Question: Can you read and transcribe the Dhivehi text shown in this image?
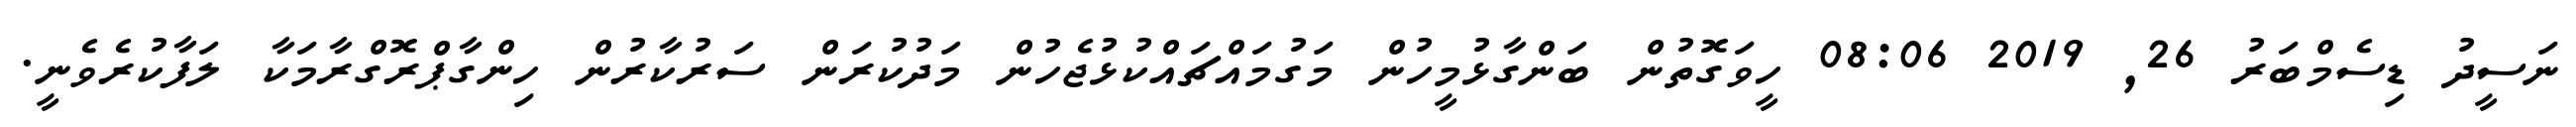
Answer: ނަސީދު ޑިސެމްބަރު 26, 2019 08:06 ހީވަގޮތުން ބަންގާޅުމީހުން މަގުމައްޗައްކުޅުޖެހުން މަދުކުރަން ސަރުކާރުން ހިންގާޕްރޮގްރާމަކާ ލަފާކުރެވެނީ.